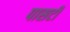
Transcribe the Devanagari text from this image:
पासटी